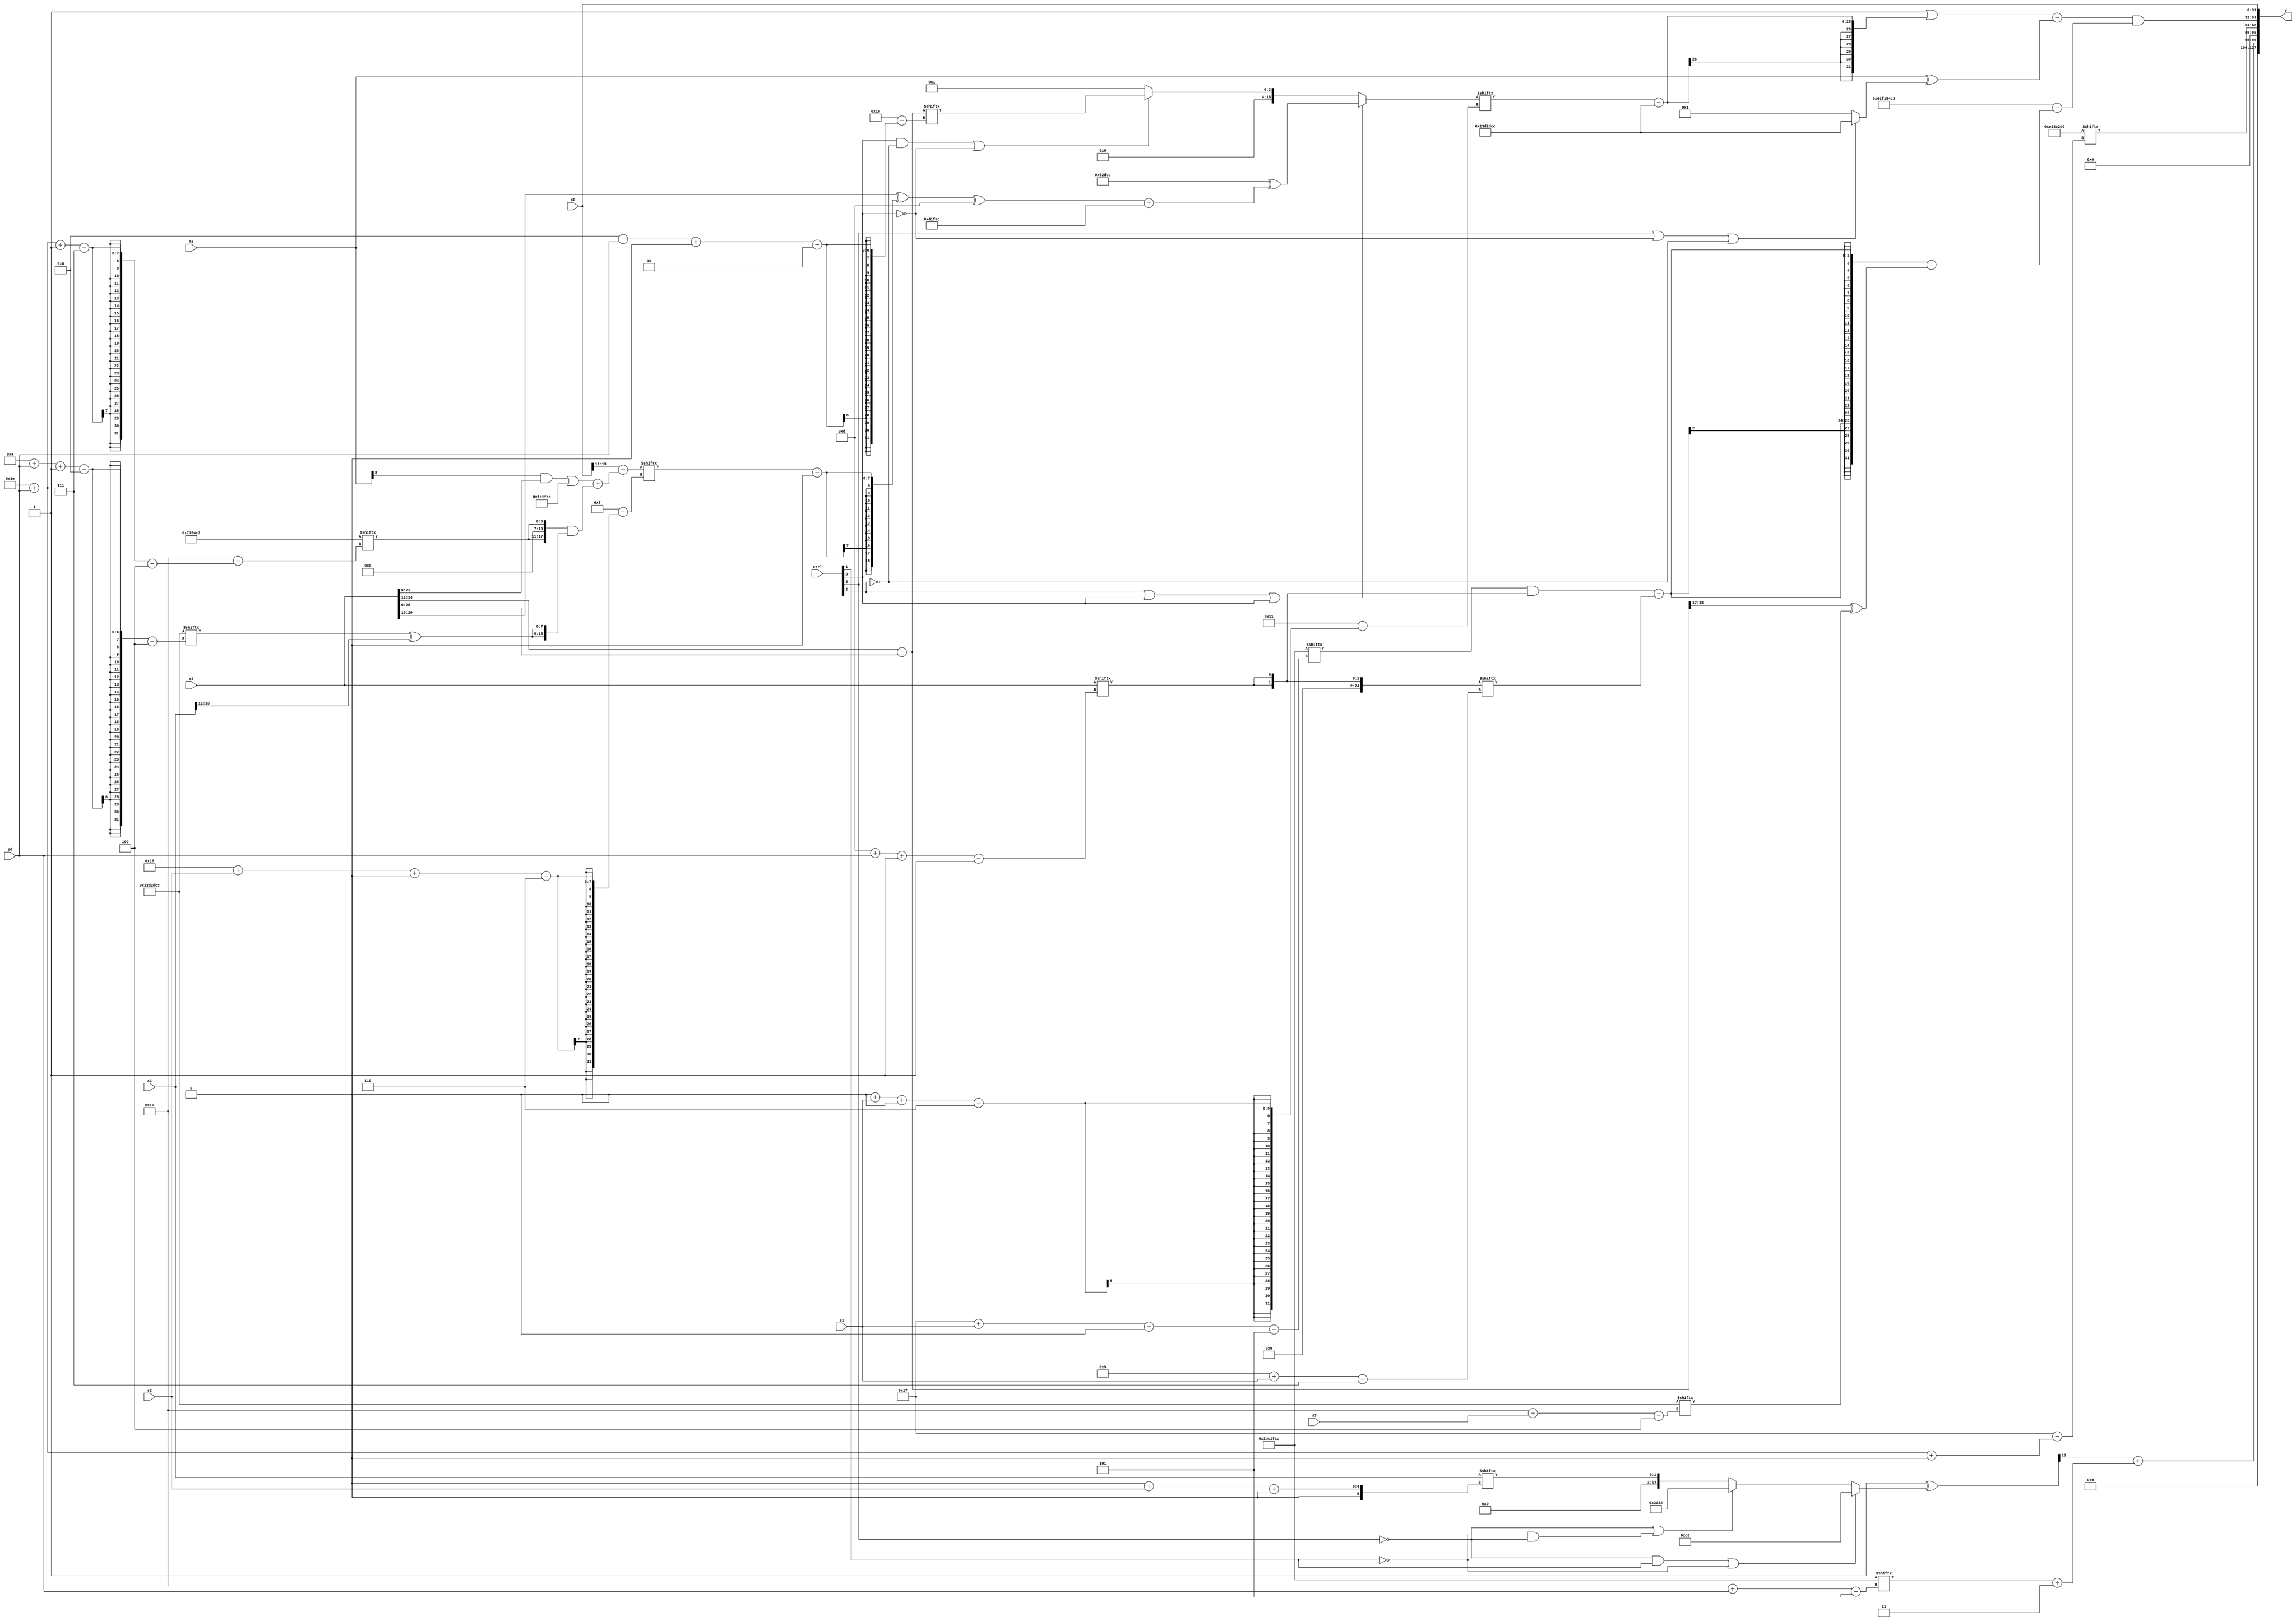
module partsel_00405(ctrl, s0, s1, s2, s3, x0, x1, x2, x3, y);
  input [3:0] ctrl;
  input [2:0] s0;
  input [2:0] s1;
  input [2:0] s2;
  input [2:0] s3;
  input signed [31:0] x0;
  input signed [31:0] x1;
  input signed [31:0] x2;
  input [31:0] x3;
  wire [31:7] x4;
  wire [6:27] x5;
  wire [24:5] x6;
  wire [25:2] x7;
  wire [27:2] x8;
  wire signed [24:1] x9;
  wire signed [2:27] x10;
  wire signed [2:27] x11;
  wire signed [2:26] x12;
  wire signed [6:24] x13;
  wire [5:24] x14;
  wire [25:7] x15;
  output [127:0] y;
  wire [31:0] y0;
  wire signed [31:0] y1;
  wire signed [31:0] y2;
  wire signed [31:0] y3;
  assign y = {y0,y1,y2,y3};
  localparam [4:26] p0 = 544298179;
  localparam signed [0:27] p1 = 775144144;
  localparam [31:5] p2 = 702291884;
  localparam signed [29:4] p3 = 557657548;
  assign x4 = {2{x3[13 + s0 -: 1]}};
  assign x5 = (x0[11 +: 3] - ({2{((x2[8 +: 1] & x3) | p2)}} + ({2{{x4[13 +: 4], p0[30 + s0 -: 7]}}} & {2{(p3[10 + s0 -: 8] ^ x1[13 -: 3])}})));
  assign x6 = (p2[19 -: 3] ^ {p1, (!ctrl[3] && ctrl[1] || !ctrl[1] ? ((p0[13] ^ p0) & p1) : (!ctrl[3] || !ctrl[1] && !ctrl[3] ? {x1, (p3[16 +: 4] - p1)} : x1[0 + s2 +: 2]))});
  assign x7 = ({2{(p2[23 + s1 +: 1] & x4)}} - x4[9 + s1]);
  assign x8 = (!ctrl[0] && !ctrl[0] || ctrl[1] ? {2{p1[13 -: 1]}} : (p0[9] - {({2{x7[17 + s2]}} & {x2, x6}), x3}));
  assign x9 = p1;
  assign x10 = x3;
  assign x11 = (x10[13 +: 4] - {2{x3}});
  assign x12 = p1[23 -: 3];
  assign x13 = (ctrl[2] || ctrl[0] || ctrl[0] ? (p3 ^ (((x3[20 -: 3] ^ (x5[24 + s2 +: 7] - p0[11])) ^ p3[12 +: 4]) + p2)) : (ctrl[0] && !ctrl[2] || !ctrl[0] ? x11[8 + s0 +: 4] : x9[18]));
  assign x14 = x4;
  assign x15 = x7[6 + s0 +: 3];
  assign y0 = (x6[18 -: 1] + (p2[16 + s0] + {2{p1[12 +: 1]}}));
  assign y1 = p1[30 + s0 +: 5];
  assign y2 = {2{(((p1[13] | (x13[0 + s1 +: 2] - p3)) - (x2 ^ (ctrl[3] || !ctrl[0] || !ctrl[2] ? p3 : (p3[19 -: 3] ^ x12[18 -: 1])))) & ({2{p0}} - ({2{x7}} - (x11[9 +: 2] ^ (p2[22 -: 2] | p3[16 + s3])))))}};
  assign y3 = x0;
endmodule